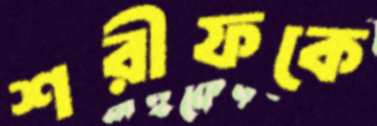
শরীফকে